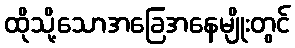
ထိုသို့သောအခြေအနေမျိုးတွင်